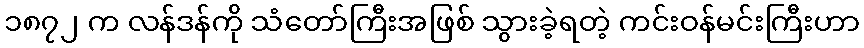
၁၈၇၂ က လန်ဒန်ကို သံတော်ကြီးအဖြစ် သွားခဲ့ရတဲ့ ကင်းဝန်မင်းကြီးဟာ